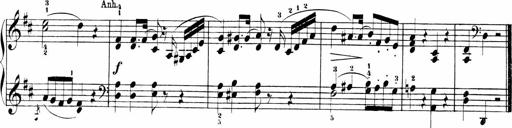
Title: Sonatinen Op.47, 98 und 136, nebst 6 Liedersonatinen
Composer: Carl Reinecke